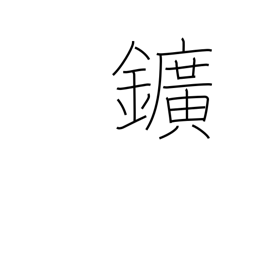
Meaning: ore